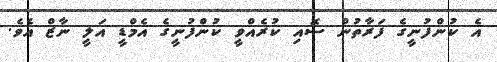
އެ ކުންފުނީގެ ފަރާތުން ސޮއި ކުރެއްވީ ކުންފުނީގެ އެމްޑީ އަލީ ނާޒް އެވެ.